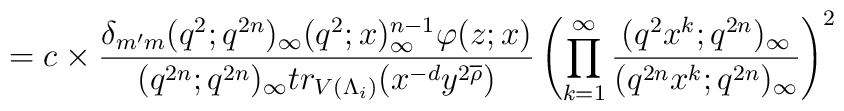
\hspace{.4in}         =c \times          \frac{\delta_{m'm}                (q^2;q^{2n})_\infty (q^2;x)_\infty^{n-1}                \varphi (z;x) }               {(q^{2n};q^{2n})_\infty                tr_{V(\Lambda_i)}(x^{-d} y^{2 \overline{\rho}})}          \left(           \prod^\infty_{k=1}           \frac{(q^2 x^k;q^{2n})_\infty}                {(q^{2n} x^k;q^{2n})_\infty}          \right) ^2